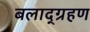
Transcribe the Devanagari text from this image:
बलाद्ग्रहण